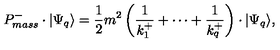
P _ { m a s s } ^ { - } \cdot \vert \Psi _ { q } \rangle = \frac { 1 } { 2 } m ^ { 2 } \left( \frac { 1 } { k _ { 1 } ^ { + } } + \cdots + \frac { 1 } { k _ { q } ^ { + } } \right) \cdot \vert \Psi _ { q } \rangle ,